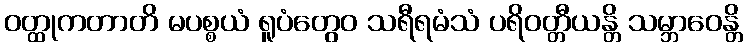
ဝတ္ထုကတာတိ မပစ္စယံ ရူပံတွေဝ သရီရမံသံ ပရိဝတ္တီယန္တိ သမ္ဘာဝေန္တိ